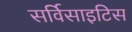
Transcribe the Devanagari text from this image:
सर्विसाइटिस